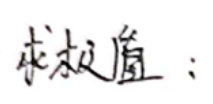
求极值：